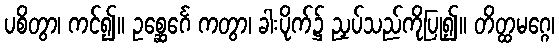
ပစိတွာ၊ ကင်၍။ ဥစ္ဆေင်္ဂေ ကတွာ၊ ခါးပိုက်၌ ညှပ်သည်ကိုပြု၍။ တိတ္ထမဂ္ဂေ၊